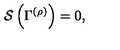
{ \cal S } \left( \Gamma ^ { \left( \rho \right) } \right) = 0 ,